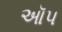
ઑપ